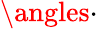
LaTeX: \angles{\cdot}